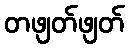
တဖျတ်ဖျတ်